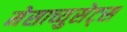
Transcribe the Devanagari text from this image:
मेसाच्युसेट्स